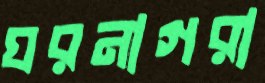
ঘরনাগরা